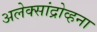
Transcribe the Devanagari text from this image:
अलेक्सांद्रोव्हना